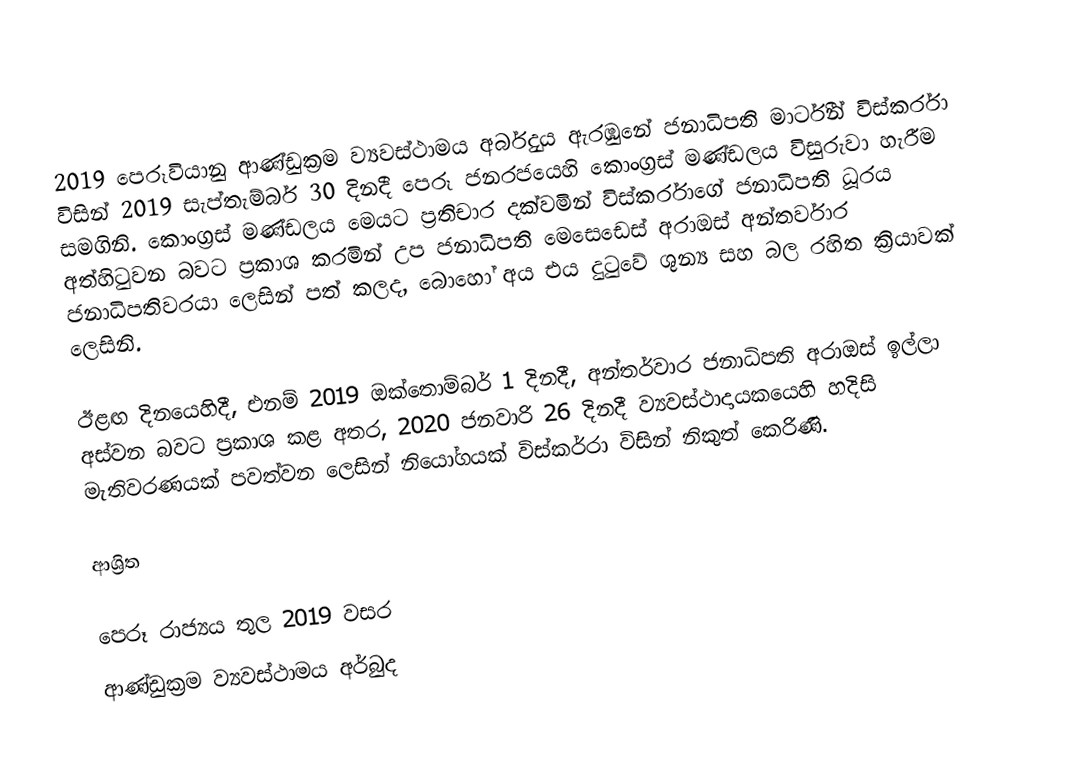
2019 පෙරූවියානු ආණ්ඩුක්‍රම ව්‍යවස්ථාමය අර්බුදය ඇරඹුනේ ජනාධිපති මාර්ටීන් විස්කර්රා විසින්  2019 සැප්තැම්බර් 30 දිනදී පෙරූ ජනරජයෙහි කොංග්‍රස් මණ්ඩලය විසුරුවා හැරීම සමගිනි. කොංග්‍රස් මණ්ඩලය මෙයට ප්‍රතිචාර දක්වමින් විස්කර්රාගේ ජනාධිපති ධූරය අත්හිටුවන බවට ප්‍රකාශ කරමින් උප ජනාධිපති මෙසෙඩෙස් අරාඔස් අන්තර්වාර ජනාධිපතිවරයා ලෙසින් පත් කලද, බොහෝ අය එය දුටුවේ  ශුන්‍ය සහ බල රහිත ක්‍රියාවක් ලෙසිනි.

ඊළඟ දිනයෙහිදී, එනම් 2019 ඔක්තොම්බර් 1 දිනදී, අන්තර්වාර ජනාධිපති අරාඔස් ඉල්ලා අස්වන බවට ප්‍රකාශ කළ අතර, 2020 ජනවාරි 26 දිනදී ව්‍යවස්ථාදායකයෙහි හදිසි මැතිවරණයක් පවත්වන ලෙසින්  නියෝගයක් විස්කර්රා විසින්  නිකුත් කෙරිණි.

ආශ්‍රිත

පෙරූ රාජ්‍යය තුල 2019 වසර
ආණ්ඩුක්‍රම ව්‍යවස්ථාමය අර්බුද